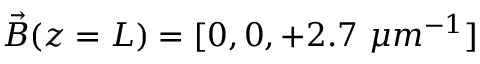
\vec { B } ( z = L ) = [ 0 , 0 , + 2 . 7 ~ \mu m ^ { - 1 } ]